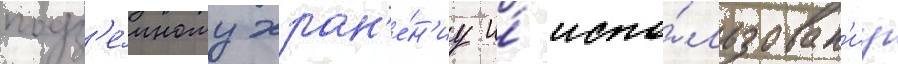
подз'е́мному хран'е́н'иу и́ испо́льзован'иу